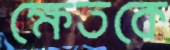
ক্ষেতকে